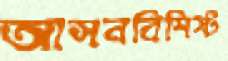
আসনবিশিষ্ট